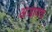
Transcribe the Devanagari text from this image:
अजाणच